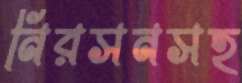
নিরসনসহ